Report on sanitation, dispensaries, and jails in Rajputana for 1915, and on vaccination for the year 1915-1916 - 1915-1916
Year: 1915
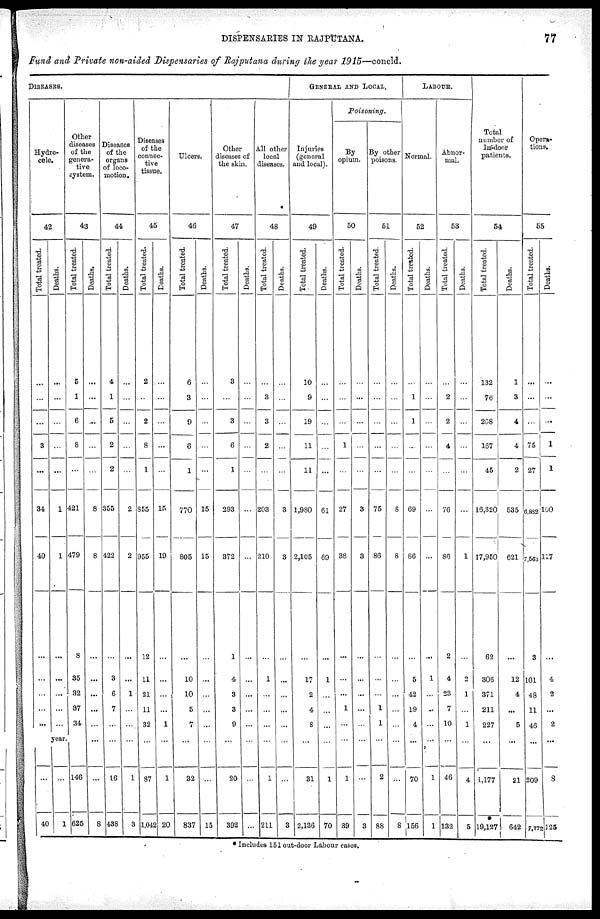
DISPENSARIES IN RAJPUTANA.
77
Fund and Private non-aided Dispensaries of Rajputana during the year 1915—concld.
DISEASES.
Hydro-
cele.
42
Total treated.
...
...
...
3
...
34
40
...
...
...
...
...
Deaths.
...
...
...
...
...
1
1
...
...
...
...
...
Other
diseases
of the
genera¬
tive
system.
43
Total treated.
5
1
6
8
...
421
479
8
35
32
37
34
year.
...
40
...
1
146
625
Deaths.
...
...
...
...
...
8
8
...
...
...
...
...
...
...
8
Diseases
of the
organs
of loco¬
motion.
44
Total treated.
4
1
5
2
2
355
422
...
3
6
7
...
...
16
438
Deaths.
...
...
...
...
...
2
2
...
...
1
...
...
...
1
3
Diseases
of the
connec-
tive
tissue.
45
Total treated.
2
...
2
8
1
855
955
12
11
21
11
32
...
87
1,042
Deaths.
...
...
...
...
...
15
19
...
...
...
...
1
...
1
20
Ulcers.
46
Total treated.
6
3
9
6
1
770
805
...
10
10
5
7
...
32
837
Deaths.
...
...
...
...
...
15
15
...
...
...
...
...
...
...
15
Other
diseases of
the skin.
47
Total treated.
3
...
3
6
1
293
372
1
4
3
3
9
...
20
392
Deaths.
...
...
...
...
...
...
...
...
...
...
...
...
...
...
...
All other
local
diseases.
48
Total treated.
...
3
3
2
...
203
210
...
1
...
...
...
...
1
211
Deaths.
...
...
...
...
...
3
3
...
...
...
...
...
...
...
3
GENERAL AND LOCAL.
Injuries
(general
and local).
49
Total treated.
10
9
19
11
11
1,980
2,105
...
17
2
4
8
...
31
2,136
Deaths.
...
...
...
...
...
61
69
...
1
...
...
...
...
1
70
Poisoning.
By
opium.
50
Total treated.
...
...
...
1
...
27
38
...
...
...
1
...
...
1
39
Deaths.
...
...
...
...
...
3
3
...
...
...
...
...
...
...
3
By other
poisons.
51
Total treated.
...
...
...
...
...
75
86
...
...
...
1
1
...
2
88
Deaths.
...
...
...
...
...
8
8
...
...
...
...
...
...
...
8
LABOUR.
Normal.
52
Total treated.
...
1
1
...
...
69
86
...
5
42
19
4
...
70
156
Deaths.
...
...
...
...
...
...
...
...
1
...
...
...
...
1
1
Abnor-
mal.
53
Total treated.
...
2
2
4
...
76
86
2
4
23
7
10
...
46
132
Deaths.
...
...
...
...
. . .
...
1
...
2
1
...
1
...
4
6
Total
number of
In-door
patients.
54
Total treated.
132
76
208
167
45
16,320
17,950
62
306
371
211
227
...
1,177
19,127
Deaths.
1
3
4
4
2
535
621
...
12
4
...
5
...
21
642
Opera¬
tions.
55
Total treated.
...
...
...
75
27
6,882
7,563
3
101
48
11
46
...
209
7,772
Deaths.
...
...
...
1
1
100
117
...
4
2
...
2
...
8
125